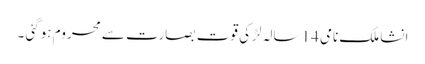
انشا ملک نامی 14 سالہ لڑکی قوت بصارت سے محروم ہوگئی ۔